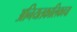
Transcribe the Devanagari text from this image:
अनियतकालिकाचा